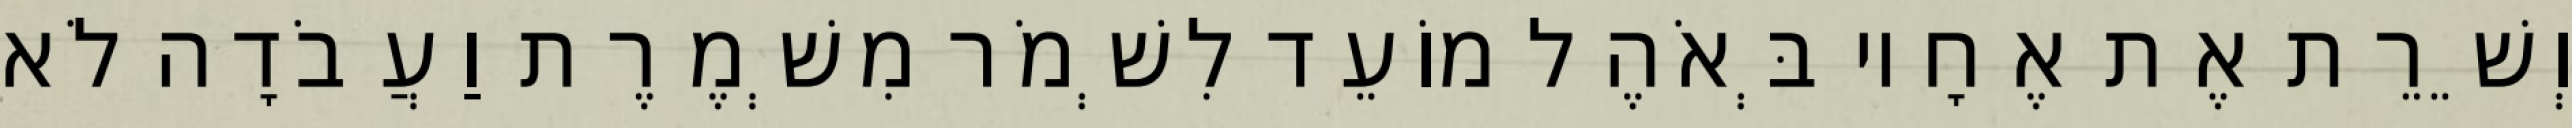
וְשֵׁרֵת אֶת אֶחָיו בְּאֹהֶל מוֹעֵד לִשְׁמֹר מִשְׁמֶרֶת וַעֲבֹדָה לֹא